Annual report on the Civil Veterinary Department, Burma (including the Insein Veterinary School) - 1910-1922
Year: 1910
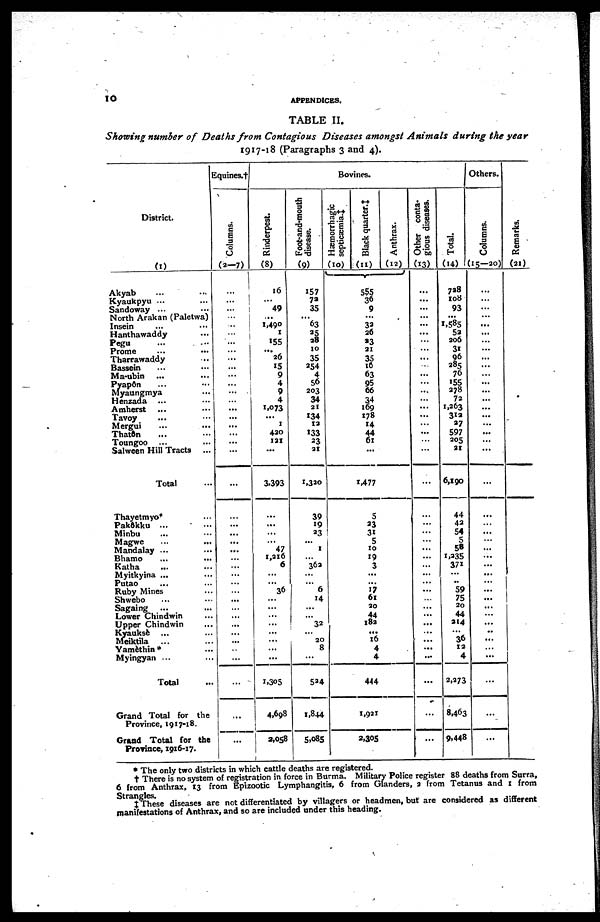
10
APPENDICES.
TABLE II.
Showing number of Deaths from Contagious Diseases amongst Animals during the year
1917-18 (Paragraphs 3 and 4).
District.
(1)
Akyab ... ...
Kyaukpyu ... ...
Sandoway ... ...
North Arakan (Paletwa)
Insein ... ...
Hanthawaddy ...
Pegu ... ...
Prome ... ...
Tharrawaddy ...
Bassein ... ...
Ma.ubin ... ...
Pyapôn ... ...
Myaungmya ...
Henzada ... ...
Amherst ... ...
Tavoy ... ...
Mergui ... ...
Thatôn ... ...
Toungoo ... ...
Salween Hill Tracts
...
Total ...
Thayetmyo ...
Pakôkku ...
Minbu ... ...
Magwe ... ...
Mandalay ... ...
Bhamo ... ...
Katha ... ...
Myitkyina ... ...
Putao ... ...
Ruby Mines
Shwebo ... ...
Sagaing ... ...
Lower Chindwin ...
Upper Chindwin ...
Kyaukse
Meiktila ... ...
Yamèthin* ...
Myingyan ... ...
Total ...
Grand Total for the
Province, 1917-18.
Grand Total for the
Province, 1916-17.
Equines.†
Columns.
(2-7)
...
...
...
...
...
...
...
...
...
...
...
...
:::
...
...
...
...
...
...
...
...
...
...
...
...
...
...
...
...
...
...
...
...
...
... ...
...
...
...
...
...
Bovines.
Rinderpest.
(8)
16
...
49
...
1,490
1
155
...
26
15
9
4
9
4
1,073
...
1
420
121
...
3,393
...
...
...
...
47
1,216
6
...
...
36
...
...
...
...
...
...
...
...
1,305
4,698
2,058
Foot-and-mouth
disease.
(9)
157
72
35
...
63
25 38
10
35
254
4
56
203
34
21
134
12
133
23
21
1,320
39
19
23
...
1
...
362
...
...
6
14
...
...
32
...
20
8
...
524
1,844
5.085
Hæmorrhagic
septicæmia.‡
(10)
Black quarter.‡
(11)
555
36
9
...
32
26
23
21
35
16
63
95
66
34
169
178
14
44
61
...
1,477
5
23
31
5
to
19
3
...
...
17
61
20
44
l82
...
I6
4
4
444
1,921
2,305
Anthrax.
(12)
Other conta-
gious diseases.
(13)
...
...
...
...
...
...
...
...
...
...
...
...
...
...
...
...
...
...
...
...
...
...
...
...
...
...
...
...
...
...
...
...
...
...
...
...
...
...
...
Total.
(14)
738
108
93
...
1,585
52
206
31
96
285
76
155
278
72
1,263
312
37
597
205
21
6,190
44
42
54
5
58
1,235
371
...
..
59
75
20
44
214
...
36
12
4
2,273
8,463
9,448
Others.
Columns.
(15—20)
...
...
...
...
...
...
...
...
...
...
...
...
...
...
...
...
...
...
...
...
...
...
...
...
...
...
...
...
...
...
...
...
...
...
..
...
...
...
...
...
...
Remarks.
(21)
. The only two districts in which cattle deaths are registered.
† There is no system of registration in force in Burma. Military Police register 88 deaths from Surra,
6 from Anthrax, 13 from Epizootic Lymphangitis, 6 from Glanders, 2 from Tetanus and x from
Strangles.
‡ These diseases are not differentiated by villagers or headmen, but are considered as different
manifestations of Anthrax, and so are included under this heading.